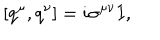
[ q ^ { \mu } , q ^ { \nu } ] = i \sigma ^ { \mu \nu } I ,